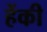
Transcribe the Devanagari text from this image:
हेंकी